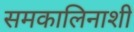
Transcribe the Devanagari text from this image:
समकालिनाशी